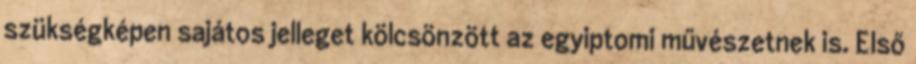
szükségképen sajátos jelleget kölcsönzött az egyiptomi művészetnek is. Első